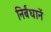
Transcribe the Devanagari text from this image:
निर्बंधानें